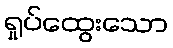
ရှုပ်ထွေးသော